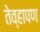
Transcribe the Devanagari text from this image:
तेव्हापण